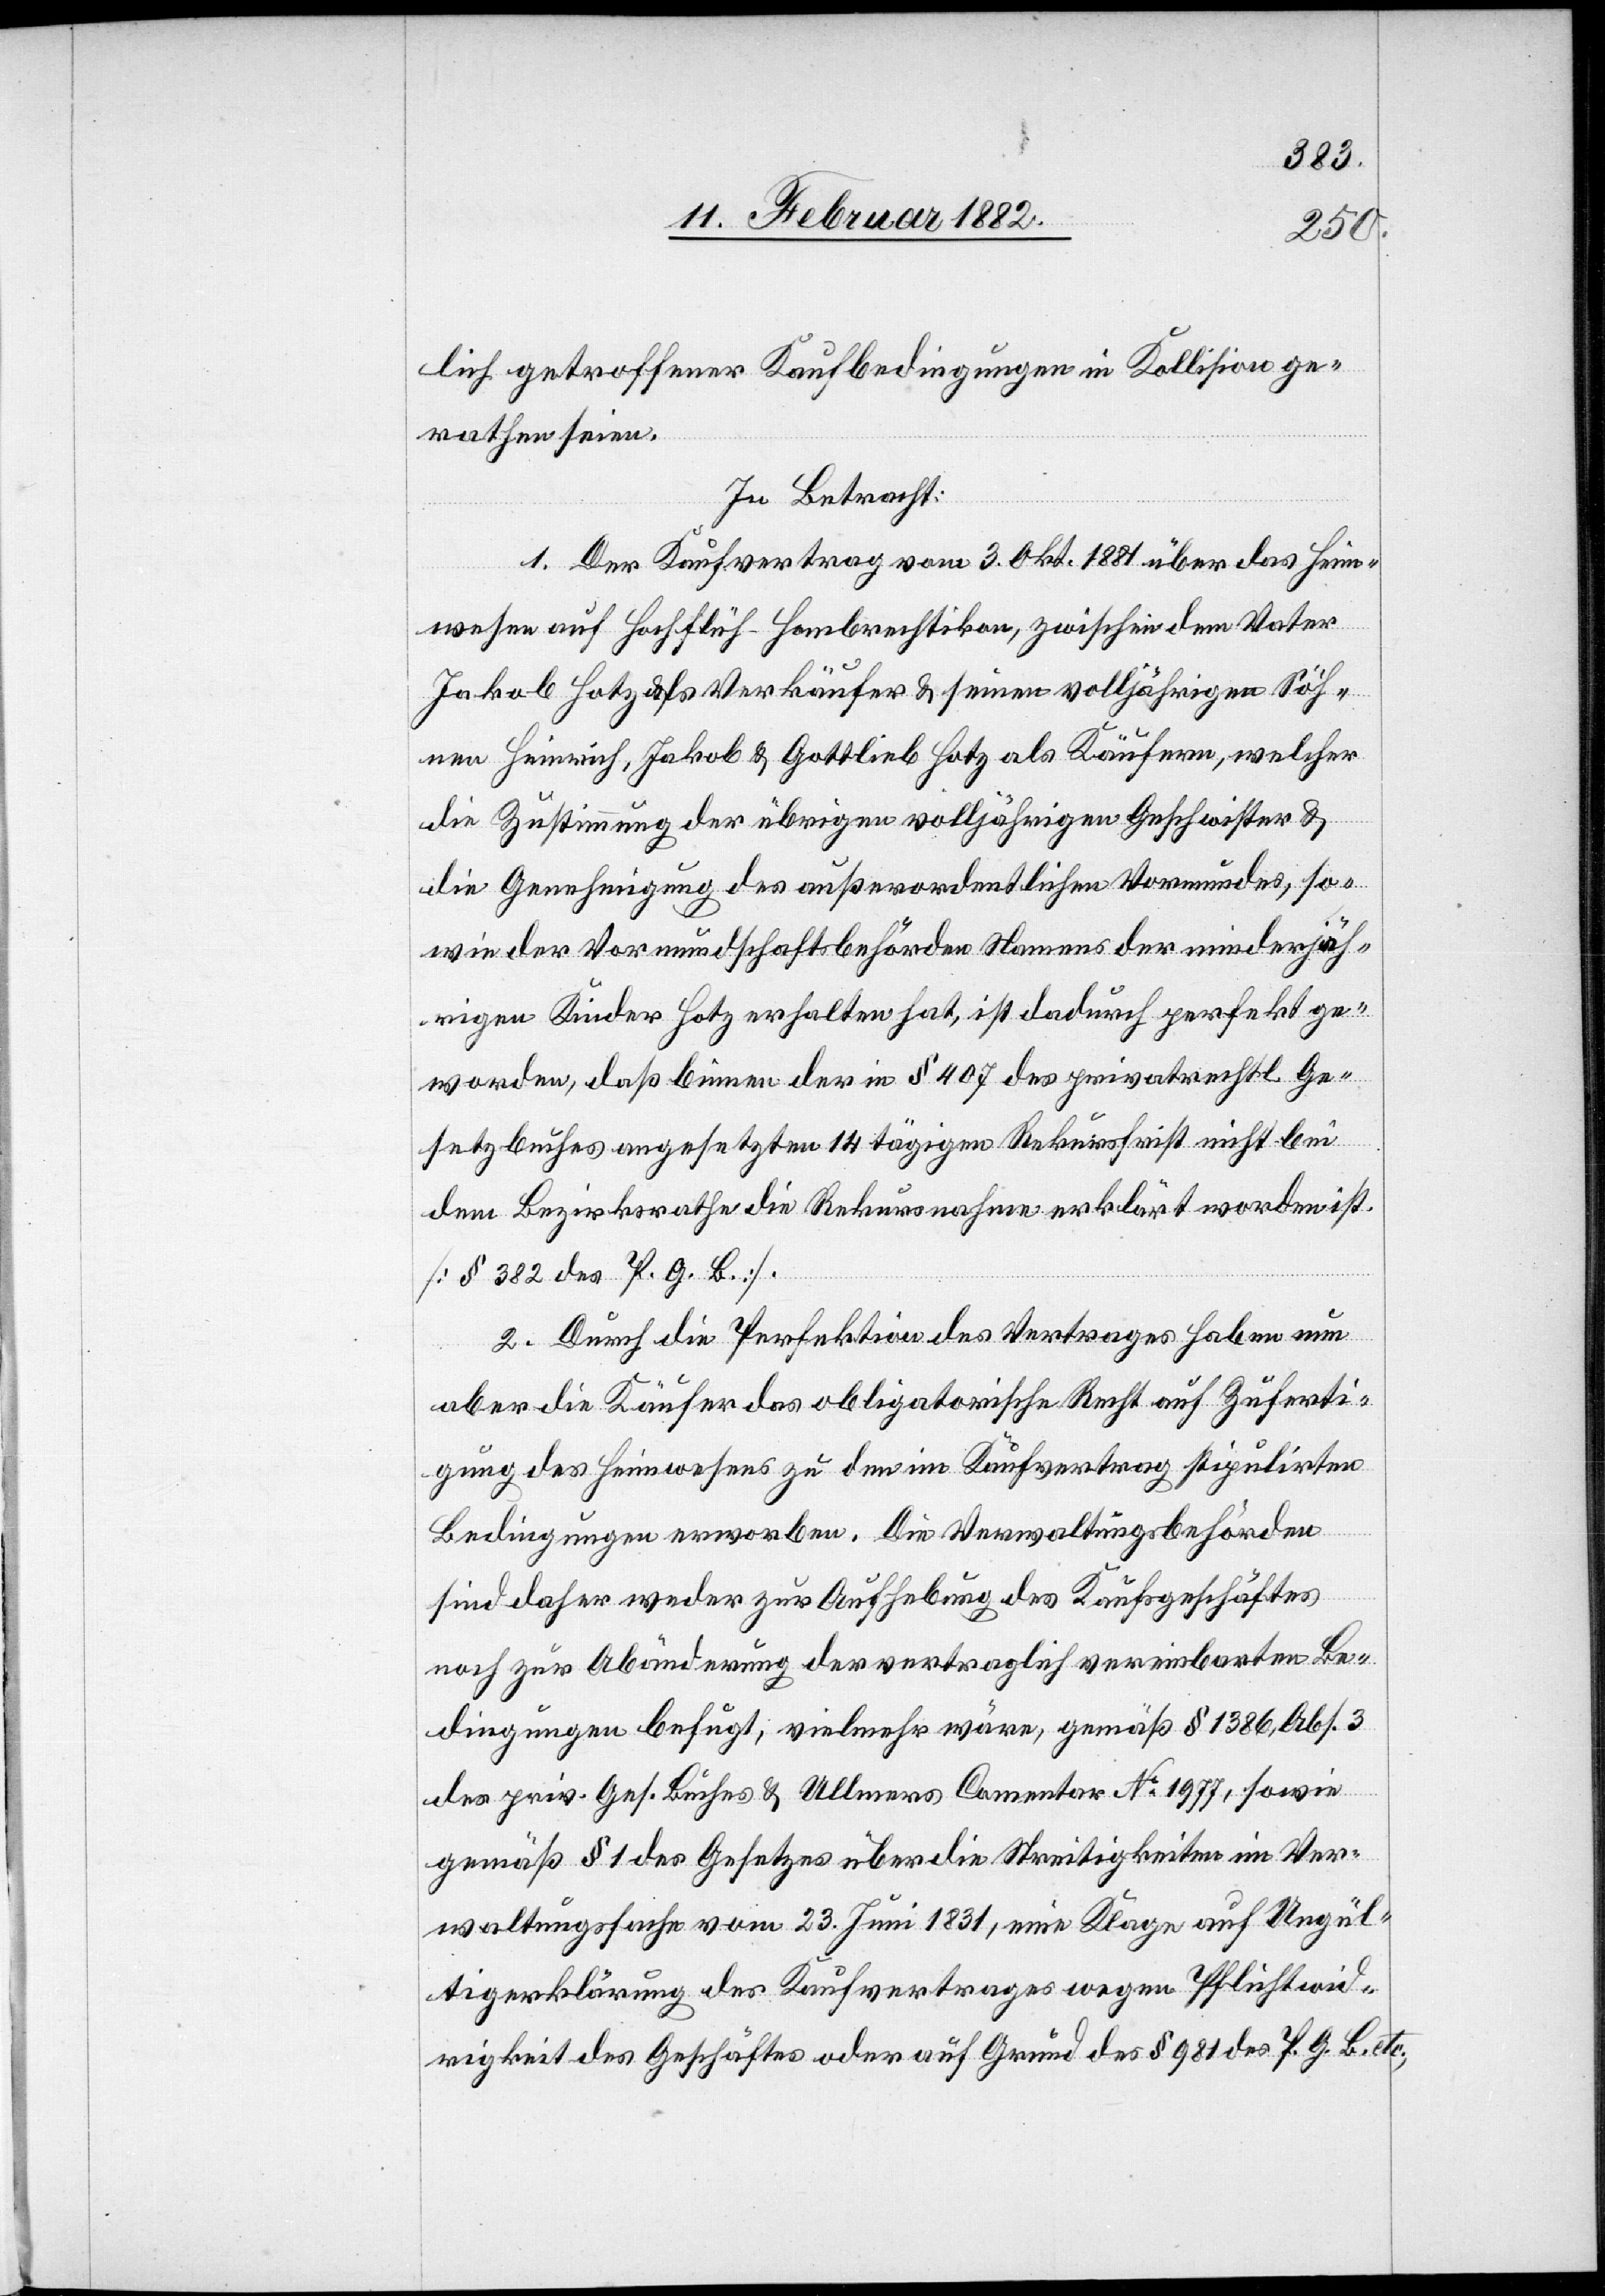
lich getroffener Kaufbedingungen in Kollision ge¬
rathen seien.
In Betracht:
1. Der Kaufvertrag vom 3. Okt. 1881 über das Heim¬
wesen auf Hochflüh - Hombrechtikon, zwischen dem Vater
Jakob Hotz als Verkäufer & seinen volljährigen Söh¬
nen Heinrich, Jakob & Gottlieb Hotz als Käufern, welche
die Zustimmung der übrigen volljährigen Geschwister &
die Genehmigung des außerordentlichen Vormundes, so¬
wie der Vormundschaftsbehörde Namens der minderjäh¬
rigen Kinder Hotz erhalten hat, ist dadurch perfekt ge¬
worden, daß binnen der in § 407 des privatrechtl. Ge¬
setzbuches angesetzten 14 tägigen Rekursfrist nicht bei
dem Bezirksrathe die Rekursnahme erklärt worden ist
[§ 382 des P. G. B.].
2. Durch die Perfektion des Vertrages haben nun
aber die Käufer das obligatorische Recht auf Zuferti¬
gung des Heimwesens zu dem im Kaufvertrag stipulirten
Bedingungen erworben. Die Verwaltungsbehörden
sind daher weder zur Aufhebung des Kaufgeschäftes
noch zur Abänderung der vertraglich vereinbarten Be¬
dingungen befugt; vielmehr wäre, gemäß § 1386, Abs. 3
des priv. Ges. Buches & Ullmers Commentar No 1977, sowie
gemäß § 1 des Gesetzes über die Streitigkeiten im Ver¬
altungssache vom 23. Juni 1831, eine Klage auf Ungül¬
tigkeit des Geschäfte oder auf Grund des § 981 des P. G. B. etc.,